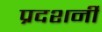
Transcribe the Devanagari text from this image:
प्रदशर्नी